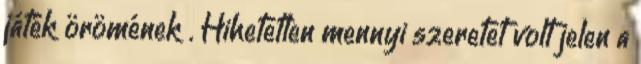
játék örömének . Hihetetlen mennyi szeretet volt jelen a